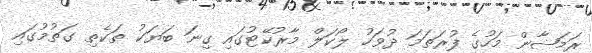
ރަމަޟާން މަހުގެ ފުރަތަމަ ދުވަހު ލޯކަލް މާރުކޭޓުގައި ގިނަ ބަޔަކު ތަކެތި ގަތުމުގައި